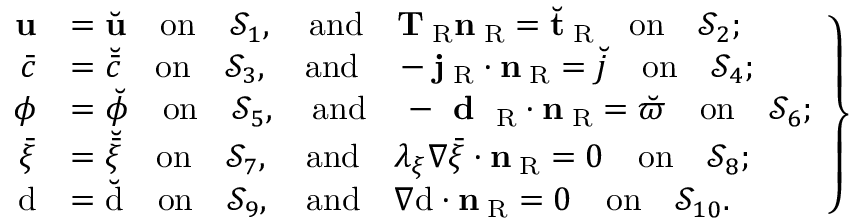
\left. \begin{array} { r l } { { \bf u } } & { = \breve { { \bf u } } \quad \mathrm { o n } \quad \mathcal { S } _ { 1 } , \quad \mathrm { a n d } \quad { \bf T } _ { \mathrm { \tiny ~ R } } { \bf n } _ { \mathrm { \tiny ~ R } } = \breve { { \bf t } } _ { \mathrm { \tiny ~ R } } \quad \mathrm { o n } \quad \mathcal { S } _ { 2 } ; } \\ { \bar { c } } & { = \breve { \bar { c } } \quad \mathrm { o n } \quad \mathcal { S } _ { 3 } , \quad \mathrm { a n d } \quad - { \bf j } _ { \mathrm { \tiny ~ R } } \cdot { \bf n } _ { \mathrm { \tiny ~ R } } = \breve { j } \quad \mathrm { o n } \quad \mathcal { S } _ { 4 } ; } \\ { \phi } & { = \breve { \phi } \quad \mathrm { o n } \quad \mathcal { S } _ { 5 } , \quad \mathrm { a n d } \quad - \textbf { d } _ { \mathrm { \tiny ~ R } } \cdot { \bf n } _ { \mathrm { \tiny ~ R } } = \breve { \varpi } \quad \mathrm { o n } \quad \mathcal { S } _ { 6 } ; } \\ { \bar { \xi } } & { = \breve { \bar { \xi } } \quad \mathrm { o n } \quad \mathcal { S } _ { 7 } , \quad \mathrm { a n d } \quad \lambda _ { \xi } \nabla \bar { \xi } \cdot { \bf n } _ { \mathrm { \tiny ~ R } } = 0 \quad \mathrm { o n } \quad \mathcal { S } _ { 8 } ; } \\ { \mathrm { d } } & { = \breve { \mathrm { d } } \quad \mathrm { o n } \quad \mathcal { S } _ { 9 } , \quad \mathrm { a n d } \quad { \nabla \mathrm { d } } \cdot { \bf n } _ { \mathrm { \tiny ~ R } } = 0 \quad \mathrm { o n } \quad \mathcal { S } _ { 1 0 } . } \end{array} \right\}